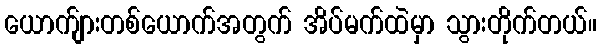
ယောက်ျားတစ်ယောက်အတွက် အိပ်မက်ထဲမှာ သွားတိုက်တယ်။